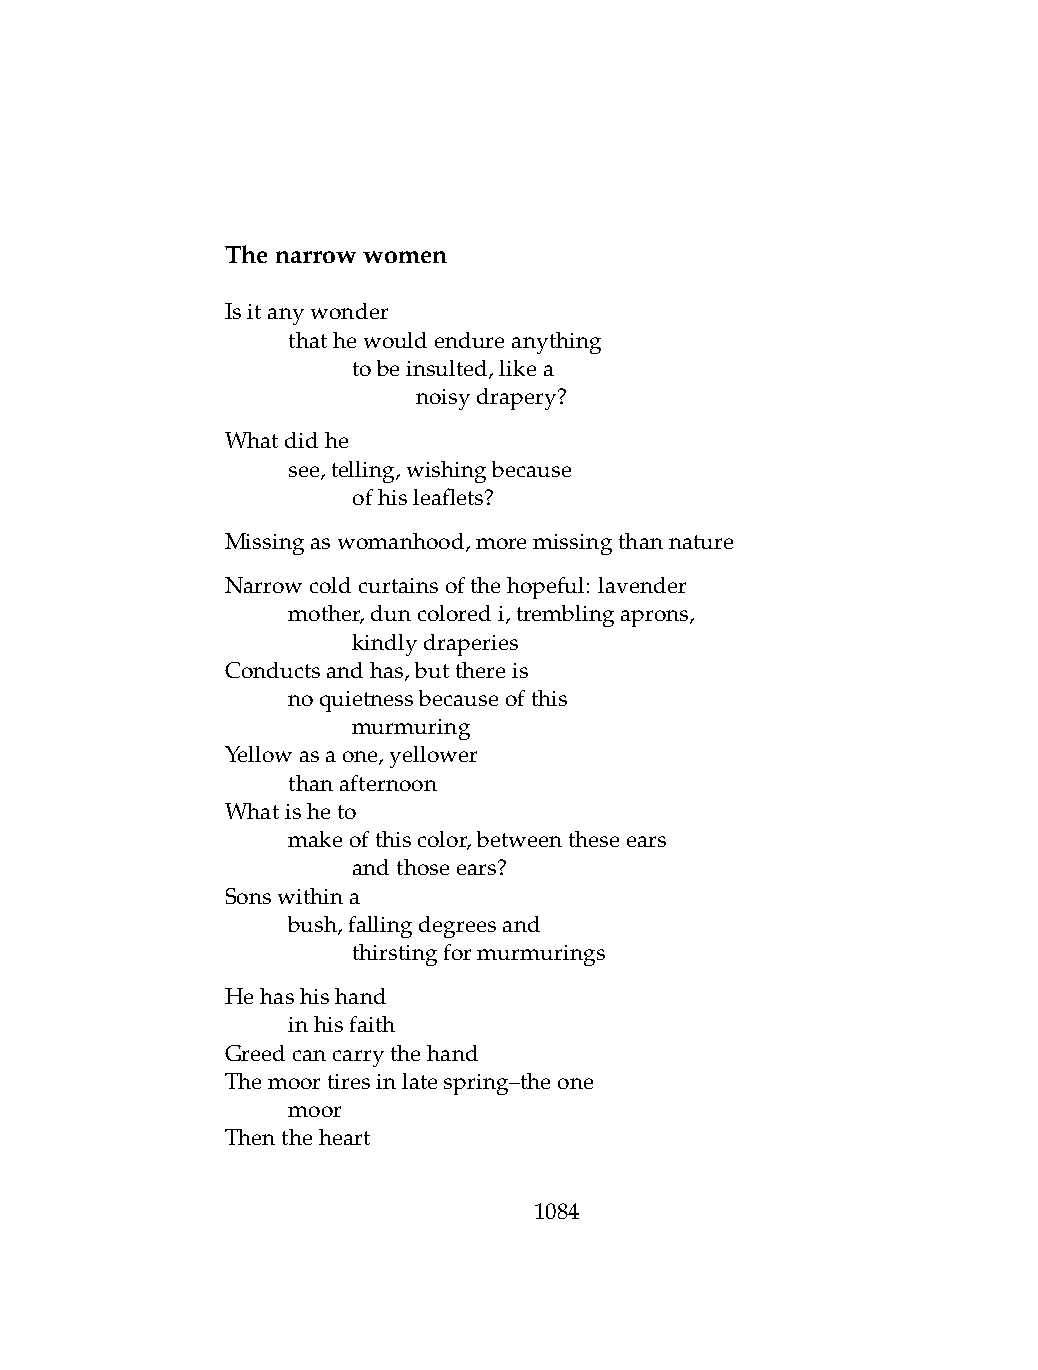
Thenarrowwomen
 Isitanywonder
 .   thathewouldendureanything
 .   .   tobeinsulted,likea
 .   .   .    noisydrapery?
 Whatdidhe
 .   see,telling,wishingbecause
 .   .   ofhisleaflets?
 Missingaswomanhood,moremissingthannature
 Narrowcoldcurtainsofthehopeful: lavender
 .   mother,duncoloredi,tremblingaprons,
 .   .   kindlydraperies
 Conductsandhas,butthereis
 .   noquietnessbecauseofthis
 .   .   murmuring
 Yellowasaone,yellower
 .   thanafternoon
 Whatisheto
 .   makeofthiscolor,betweentheseears
 .   .   andthoseears?
 Sonswithina
 .   bush,fallingdegreesand
 .   .   thirstingformurmurings
 Hehashishand
 .   inhisfaith
 Greedcancarrythehand
 Themoortiresinlatespring–theone
 .   moor
 Thentheheart
 1084